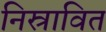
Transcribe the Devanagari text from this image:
निस्रावित